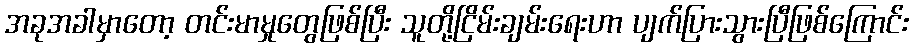
အခုအခါမှာတော့ တင်းမာမှုတွေဖြစ်ပြီး သူတို့ငြိမ်းချမ်းရေးဟာ ပျက်ပြားသွားပြီဖြစ်ကြောင်း